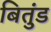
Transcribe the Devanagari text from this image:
बितुंड